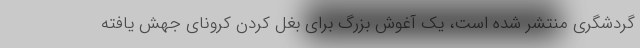
گردشگری منتشر شده است، یک آغوش بزرگ برای بغل کردن کرونای جهش یافته